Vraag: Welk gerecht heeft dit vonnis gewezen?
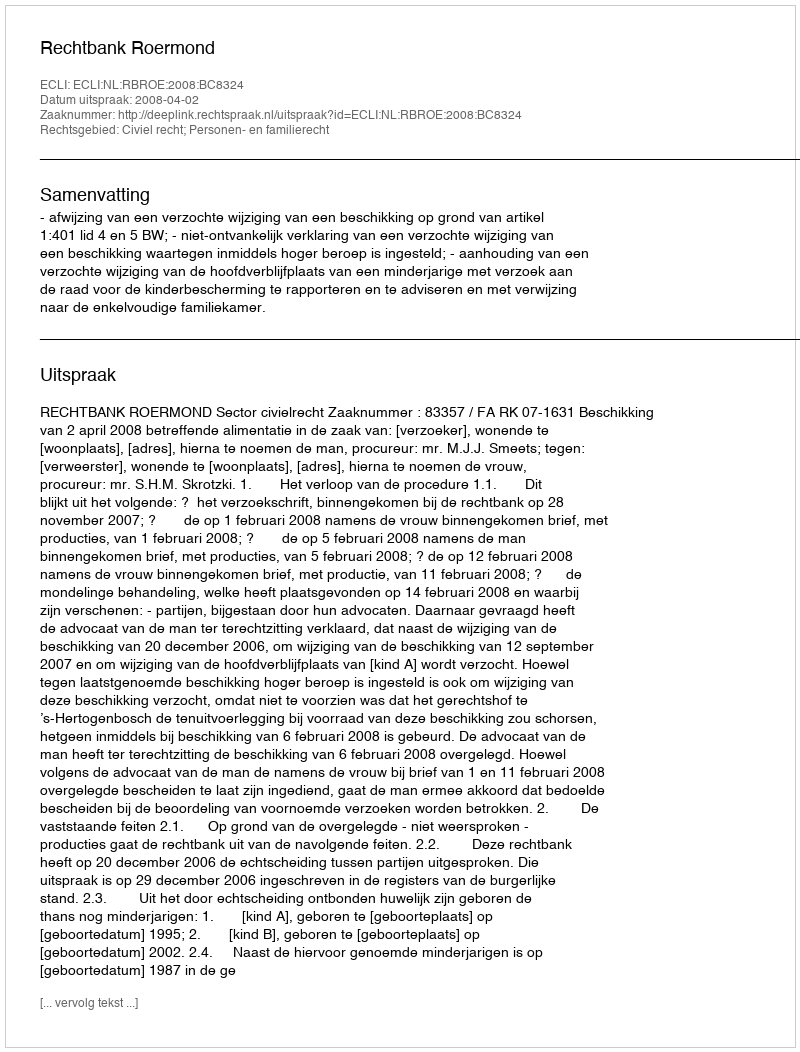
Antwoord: Rechtbank Roermond